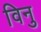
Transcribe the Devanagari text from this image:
विनु